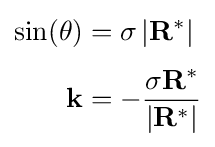
{\begin{aligned}\sin(\theta )&=\sigma \left|\mathbf {R} ^{*}\right|\\[3pt]\mathbf {k} &=-{\frac {\sigma \mathbf {R} ^{*}}{\left|\mathbf {R} ^{*}\right|}}\end{aligned}}